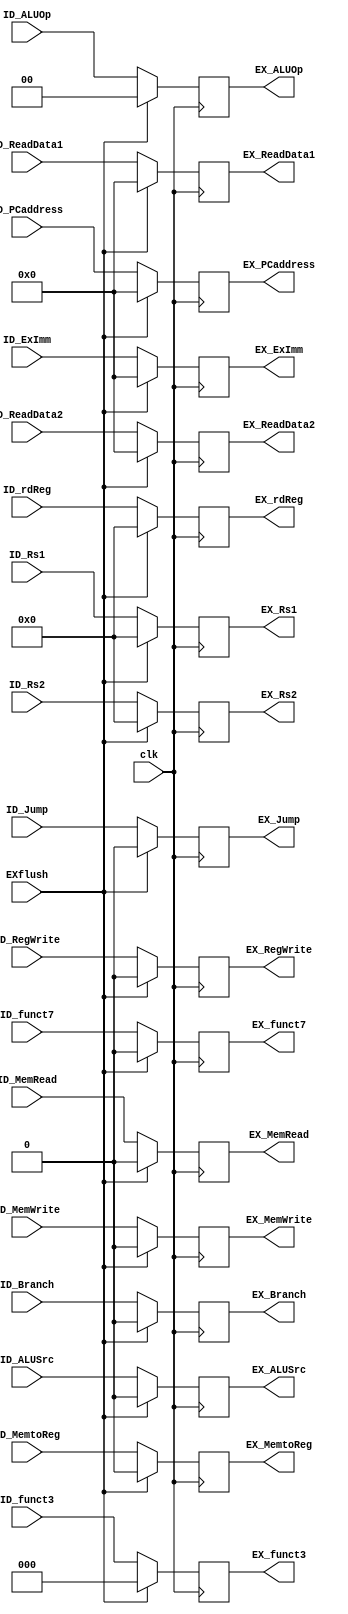
module ID_EX (
	input             clk         ,
	input             EXflush     ,
	input             ID_ALUSrc   , // RD2 or ImmGen
	input             ID_MemtoReg , // ALU or MemData
	input             ID_RegWrite ,
	input             ID_MemRead  ,
	input             ID_MemWrite ,
	input             ID_Branch   ,
	input             ID_Jump     ,
	input      [ 1:0] ID_ALUOp    ,
	input      [63:0] ID_PCaddress,
	input      [63:0] ID_ReadData1,
	input      [63:0] ID_ReadData2,
	input      [63:0] ID_ExImm    ,
	input             ID_funct7   ,
	input      [ 2:0] ID_funct3   ,
	input      [ 4:0] ID_Rs1      ,
	input      [ 4:0] ID_Rs2      ,
	input      [ 4:0] ID_rdReg    ,
	output reg        EX_ALUSrc   , // RD2 or ImmGen
	output reg        EX_MemtoReg , // ALU or MemData
	output reg        EX_RegWrite ,
	output reg        EX_MemRead  ,
	output reg        EX_MemWrite ,
	output reg        EX_Branch   ,
	output reg        EX_Jump     ,
	output reg [ 1:0] EX_ALUOp    ,
	output reg [63:0] EX_PCaddress,
	output reg [63:0] EX_ReadData1,
	output reg [63:0] EX_ReadData2,
	output reg [63:0] EX_ExImm    ,
	output reg        EX_funct7   ,
	output reg [ 2:0] EX_funct3   ,
	output reg [ 4:0] EX_Rs1      ,
	output reg [ 4:0] EX_Rs2      ,
	output reg [ 4:0] EX_rdReg
);

	always @(posedge clk) begin
		if(EXflush == 1'b1) begin
			EX_ALUSrc    <= 1'b0;
			EX_MemtoReg  <= 1'b0;
			EX_RegWrite  <= 1'b0;
			EX_MemRead   <= 1'b0;
			EX_MemWrite  <= 1'b0;
			EX_Branch    <= 1'b0;
			EX_Jump      <= 1'b0;
			EX_ALUOp     <= {2{1'b0}};
			EX_PCaddress <= {64{1'b0}};
			EX_ReadData1 <= {64{1'b0}};
			EX_ReadData2 <= {64{1'b0}};
			EX_ExImm     <= {64{1'b0}};
			EX_funct7    <= 1'b0;
			EX_funct3    <= {3{1'b0}};
			EX_Rs1       <= {5{1'b0}};
			EX_Rs2       <= {5{1'b0}};
			EX_rdReg     <= {5{1'b0}};
		end
		else begin
			EX_ALUSrc    <= ID_ALUSrc;
			EX_MemtoReg  <= ID_MemtoReg;
			EX_RegWrite  <= ID_RegWrite;
			EX_MemRead   <= ID_MemRead;
			EX_MemWrite  <= ID_MemWrite;
			EX_Branch    <= ID_Branch;
			EX_Jump      <= ID_Jump;
			EX_ALUOp     <= ID_ALUOp;
			EX_PCaddress <= ID_PCaddress;
			EX_ReadData1 <= ID_ReadData1;
			EX_ReadData2 <= ID_ReadData2;
			EX_ExImm     <= ID_ExImm;
			EX_funct7    <= ID_funct7;
			EX_funct3    <= ID_funct3;
			EX_Rs1       <= ID_Rs1;
			EX_Rs2       <= ID_Rs2;
			EX_rdReg     <= ID_rdReg;
		end
	end

endmodule